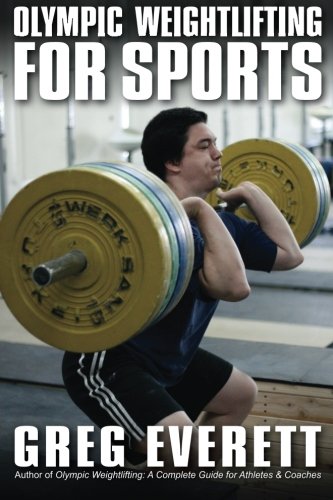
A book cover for Olympic Weightlifting for Sports; Greg Everett; Health, Fitness & Dieting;